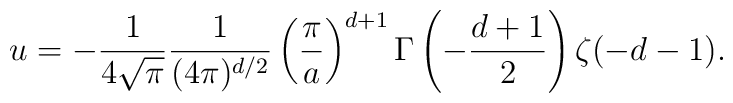
u=-{1 \over {4 \sqrt \pi}}{1 \over (4 \pi)^{d/2}} \left({\pi \over a}\right)^{d+1} \Gamma \left(-{d+1 \over 2}\right) \zeta (-d-1).